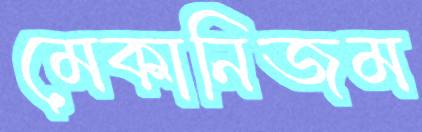
মেকানিজম